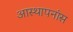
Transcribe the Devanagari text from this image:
आस्थापनांस